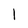
Character: 1